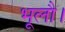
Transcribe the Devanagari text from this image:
भूलौ।